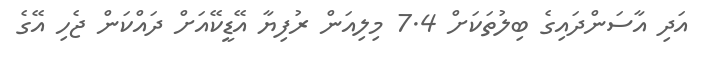
އަދި އާސަންދައިގެ ބިލުތަކަށް 7.4 މިލިއަން ރުފިޔާ އޭޑީކޭއަށް ދައްކަން ޖެހި އޭގެ